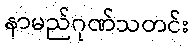
နာမည်ဂုဏ်သတင်း